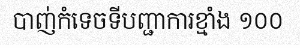
បាញ់កំទេចទីបញ្ជាការខ្មាំង ១០០